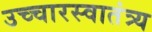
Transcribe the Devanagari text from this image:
उच्चारस्वातंत्र्य